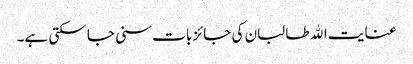
عنایت الله طالبان کی جائز بات سنی جا سکتی ہے۔